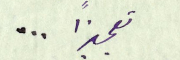
تعجيزًا ...